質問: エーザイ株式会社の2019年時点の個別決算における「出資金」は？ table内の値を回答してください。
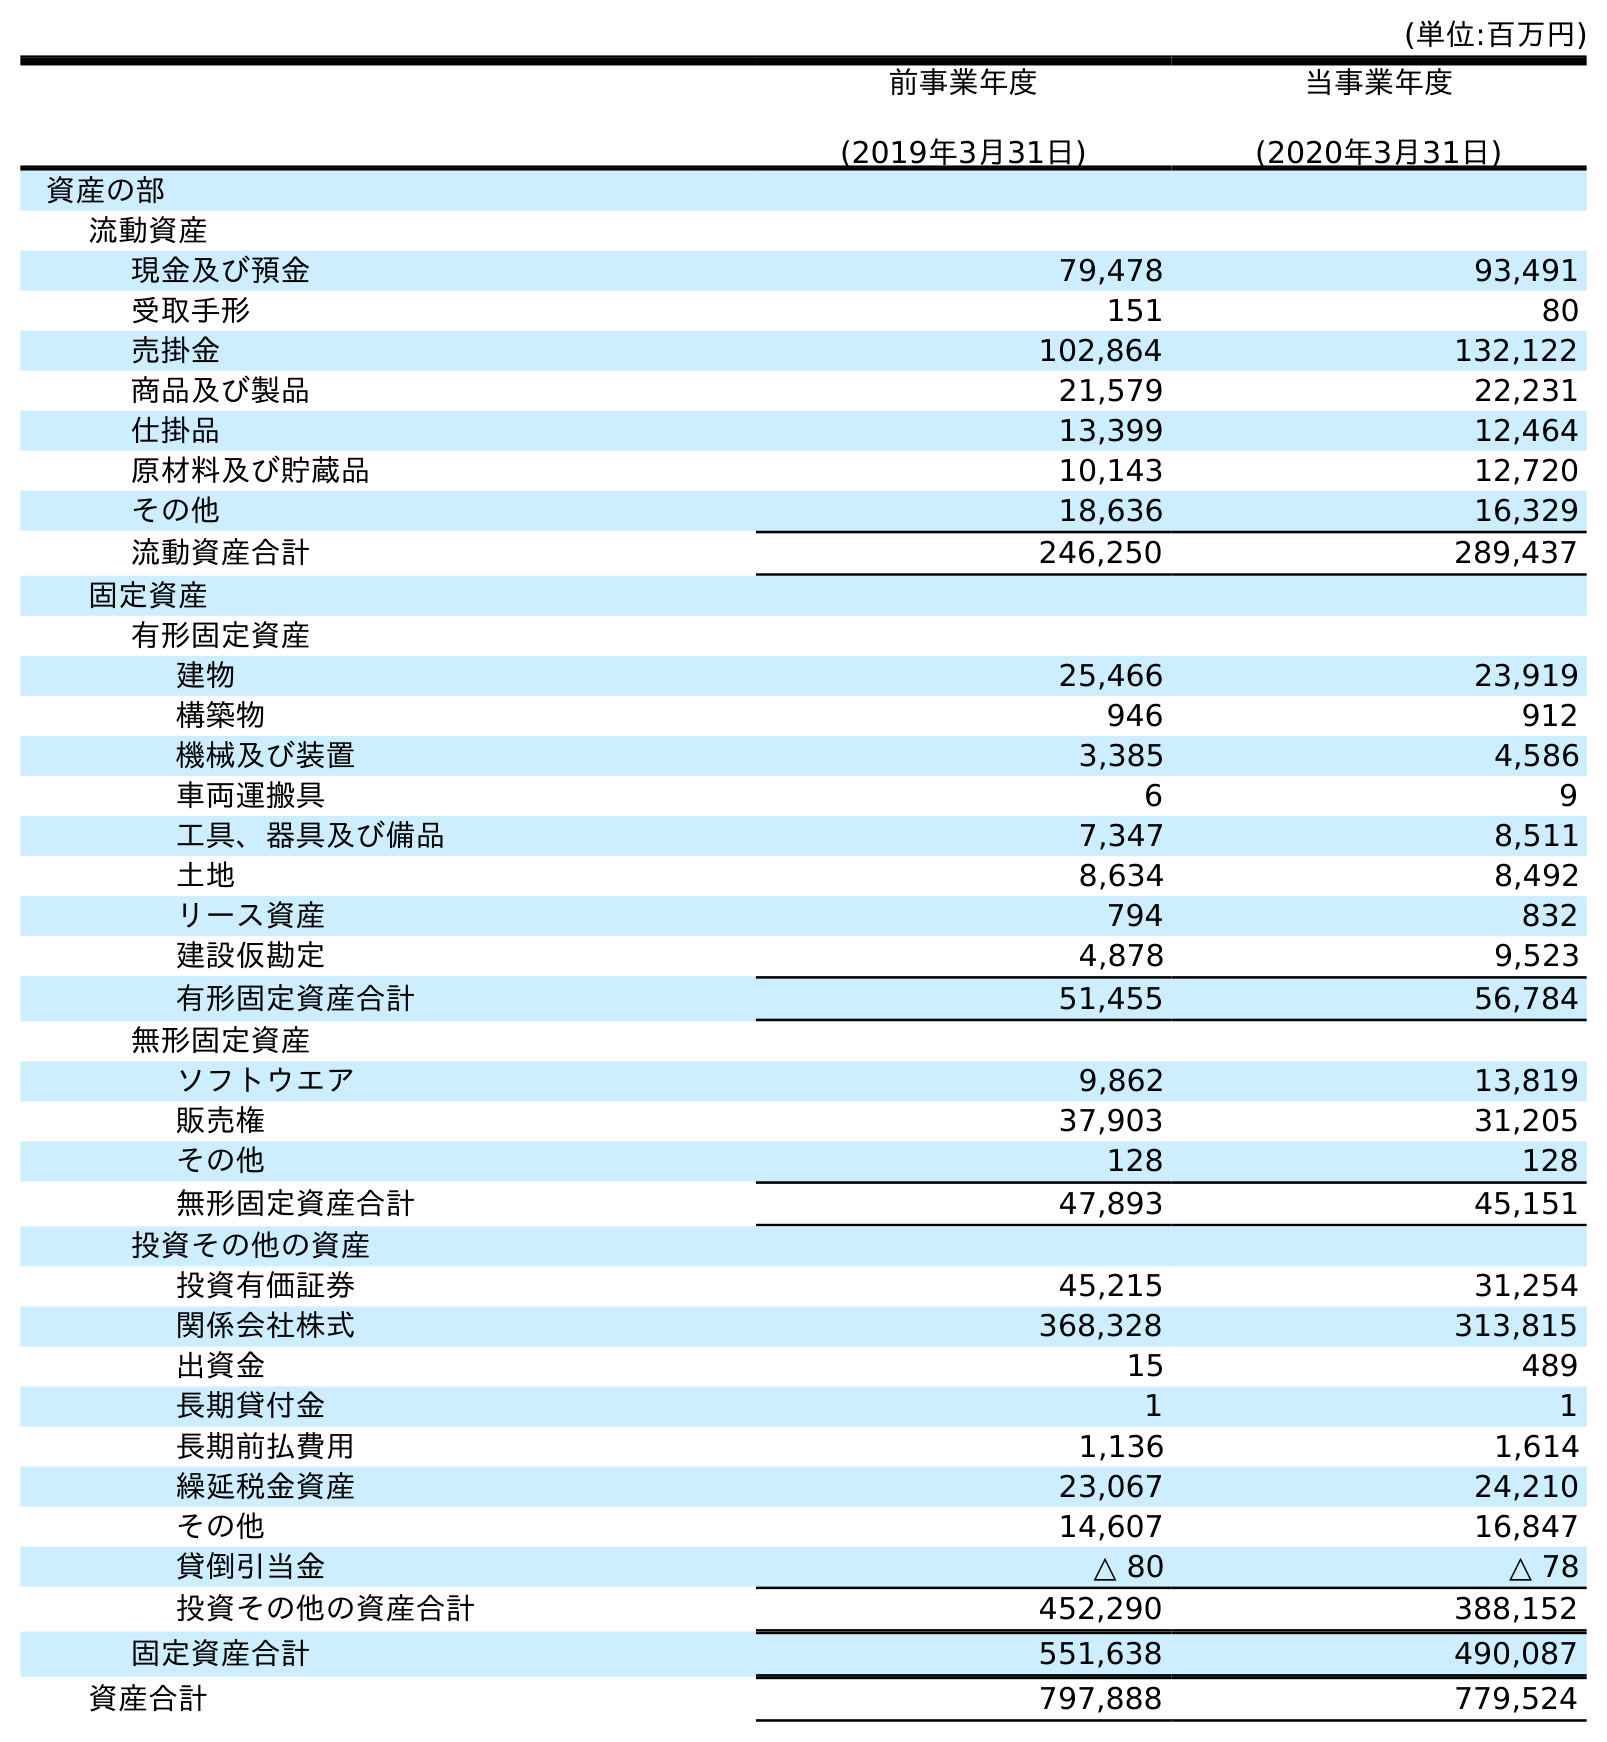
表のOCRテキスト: (単位:百万円) 前事業年度 (2019年3月31日) 当事業年度 (2020年3月31日) 資産の部 流動資産 現金及び預金 79,478 93,491 受取手形 151 80 売掛金 102,864 132,122 商品及び製品 21,579 22,231 仕掛品 13,399 12,464 原材料及び貯蔵品 10,143 12,720 その他 18,636 16,329 流動資産合計 246,250 289,437 固定資産 有形固定資産 建物 25,466 23,919 構築物 946 912 機械及び装置 3,385 4,586 車両運搬具 6 9 工具、器具及び備品 7,347 8,511 土地 8,634 8,492 リース資産 794 832 建設仮勘定 4,878 9,523 有形固定資産合計 51,455 56,784 無形固定資産 ソフトウエア 9,862 13,819 販売権 37,903 31,205 その他 128 128 無形固定資産合計 47,893 45,151 投資その他の資産 投資有価証券 45,215 31,254 関係会社株式 368,328 313,815 出資金 15 489 長期貸付金 1 1 長期前払費用 1,136 1,614 繰延税金資産 23,067 24,210 その他 14,607 16,847 貸倒引当金 △ 80 △ 78 投資その他の資産合計 452,290 388,152 固定資産合計 551,638 490,087 資産合計 797,888 779,524
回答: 15